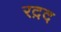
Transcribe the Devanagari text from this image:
रद़द